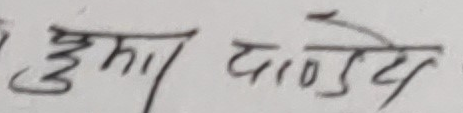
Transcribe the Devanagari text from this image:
सुनील पाण्डेय